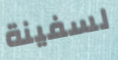
لسفينة